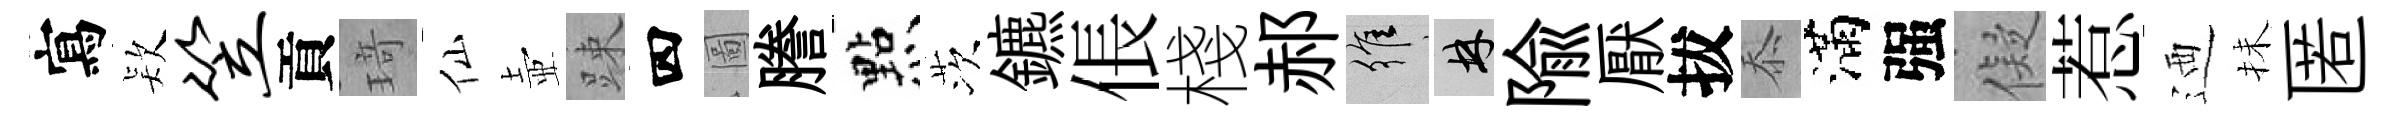
寫𣣇笠貢𤦺仙壺踈四圖謄㸃茨鑣倀棧郝維林隃厭拔忝滿强儗惹迺抺匿